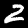
Digit: 2